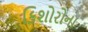
કિશોરોના